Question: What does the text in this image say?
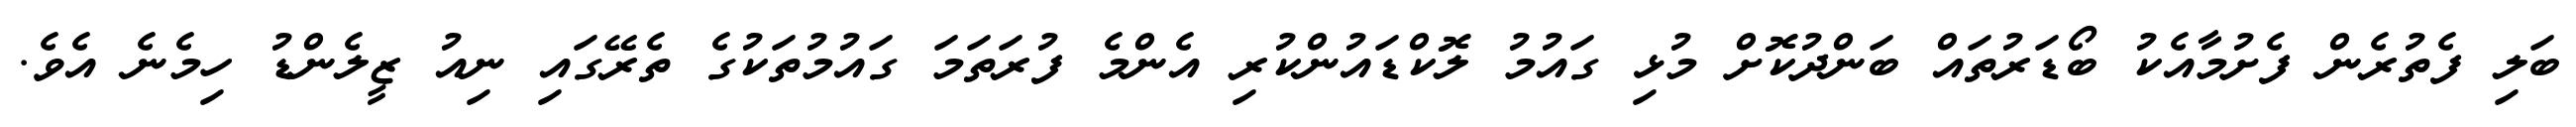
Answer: ބަލި ފެތުރެން ފެށުމާއެކު ބޯޑަރުތައް ބަންދުކޮށް މުޅި ގައުމު ލޮކްޑައުންކުރި އެންމެ ފުރަތަމަ ގައުމުތަކުގެ ތެރޭގައި ނިއު ޒީލެންޑު ހިމެނެ އެވެ.